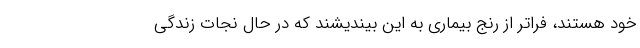
خود هستند، فراتر از رنج بیماری به این بیندیشند که در حال نجات زندگی